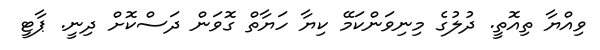
ވިއްޔާ ތިއޮތީ. ދުލުގެ މިނިވަންކަމޭ ކިޔާ ހަޔާތް ގޮވަން ދަސްކޮށް ދިނީ. ޕާޓީ